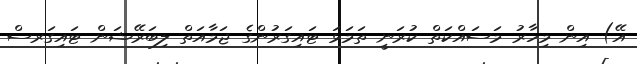
އޭ) އިން މިހާރު މަސައްކަތް ކުރަނީ ތަމަޅަ ޓައިގަރުންގެ ޖަމާއަތް ލިބަރޭޝަން ޓައިގަރސް